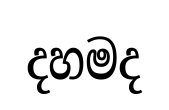
දහමද